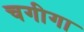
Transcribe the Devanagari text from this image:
चगीगा